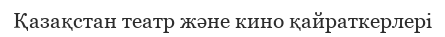
Қазақстан театр және кино қайраткерлері